Problem: 9 × 7 = ?
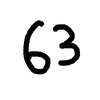
Handwritten answer: 63